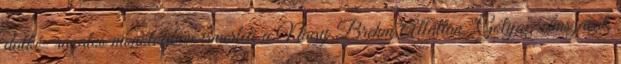
dalkí- rázatos monológban ismerteti a Nagy Brehm Állattan "Gólya"-címszavát,